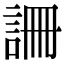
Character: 𧧚